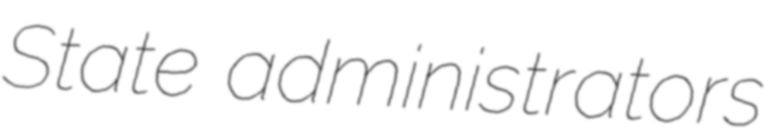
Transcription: State administrators